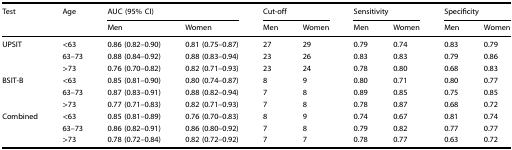
<table><thead><tr><td><b>Test</b></td><td><b>Age</b></td><td colspan="2"><b>AUC (95% CI)</b></td><td colspan="2"><b>Cut-off</b></td><td colspan="2"><b>Sensitivity</b></td><td colspan="2"><b>Specificity</b></td></tr><tr><td></td><td></td><td><b>Men</b></td><td><b>Women</b></td><td><b>Men</b></td><td><b>Women</b></td><td><b>Men</b></td><td><b>Women</b></td><td><b>Men</b></td><td><b>Women</b></td></tr></thead><tbody><tr><td>UPSIT</td><td>&lt;63</td><td>0.86 (0.82–0.90)</td><td>0.81 (0.75–0.87)</td><td>27</td><td>29</td><td>0.79</td><td>0.74</td><td>0.83</td><td>0.79</td></tr><tr><td></td><td>63–73</td><td>0.88 (0.84–0.92)</td><td>0.88 (0.83–0.94)</td><td>23</td><td>26</td><td>0.83</td><td>0.83</td><td>0.79</td><td>0.86</td></tr><tr><td></td><td>&gt;73</td><td>0.76 (0.70–0.82)</td><td>0.82 (0.71–0.93)</td><td>23</td><td>24</td><td>0.78</td><td>0.80</td><td>0.68</td><td>0.83</td></tr><tr><td>BSIT-B</td><td>&lt;63</td><td>0.85 (0.81–0.90)</td><td>0.80 (0.74–0.87)</td><td>8</td><td>9</td><td>0.80</td><td>0.71</td><td>0.80</td><td>0.77</td></tr><tr><td></td><td>63–73</td><td>0.87 (0.83–0.91)</td><td>0.88 (0.82–0.94)</td><td>7</td><td>8</td><td>0.89</td><td>0.85</td><td>0.75</td><td>0.85</td></tr><tr><td></td><td>&gt;73</td><td>0.77 (0.71–0.83)</td><td>0.82 (0.71–0.93)</td><td>7</td><td>8</td><td>0.78</td><td>0.87</td><td>0.68</td><td>0.72</td></tr><tr><td>Combined</td><td>&lt;63</td><td>0.85 (0.81–0.89)</td><td>0.76 (0.70–0.83)</td><td>8</td><td>9</td><td>0.74</td><td>0.67</td><td>0.81</td><td>0.74</td></tr><tr><td></td><td>63–73</td><td>0.86 (0.82–0.91)</td><td>0.86 (0.80–0.92)</td><td>7</td><td>8</td><td>0.79</td><td>0.82</td><td>0.77</td><td>0.77</td></tr><tr><td></td><td>&gt;73</td><td>0.78 (0.72–0.84)</td><td>0.82 (0.72–0.92)</td><td>7</td><td>7</td><td>0.78</td><td>0.77</td><td>0.63</td><td>0.72</td></tr></tbody></table>